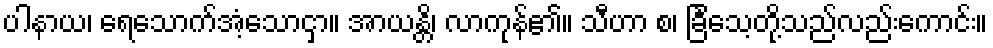
ပါနာယ၊ ရေသောက်အံ့သောငှာ။ အာယန္တိ၊ လာကုန်၏။ သီဟာ စ၊ ခြင်္သေ့တို့သည်လည်းကောင်း။